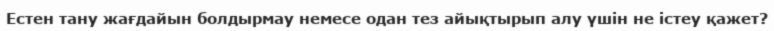
Естен тану жағдайын болдырмау немесе одан тез айықтырып алу үшін не істеу қажет?